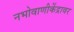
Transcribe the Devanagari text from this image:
नभोवाणीकेंद्रावर